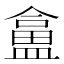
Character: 𥂜